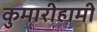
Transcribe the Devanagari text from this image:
कुमारीहामी